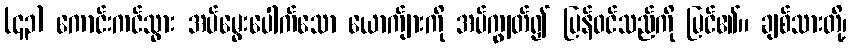
(၄၃) ကောင်းကင်သွား အပ်မွေးပေါက်သော ယောက်ျားကို အပ်ကျွတ်၍ ပြန်ဝင်သည်ကို မြင်၏။ ချစ်သားတို့၊